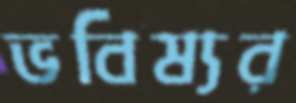
ভবিষ্যর